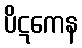
ပိဋကေန